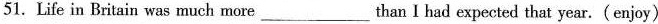
51. Life in Britain was much more___than Ihad expected that year.(enjoy)